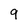
Character: 9